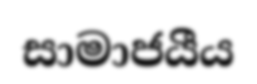
සාමාජයීය